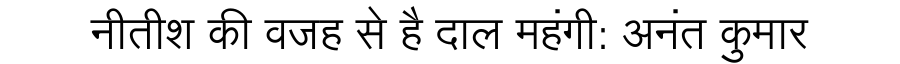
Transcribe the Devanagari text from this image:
नीतीश की वजह से है दाल महंगी: अनंत कुमार